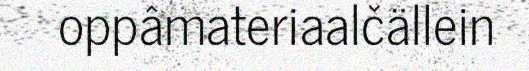
oppâmateriaalčällein